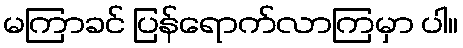
မကြာခင် ပြန်ရောက်လာကြမှာ ပါ။